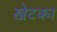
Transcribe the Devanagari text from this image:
खेटका